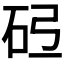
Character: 𪿓